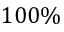
1 0 0 \%